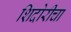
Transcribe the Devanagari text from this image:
शिदोरीचा